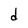
Character: d